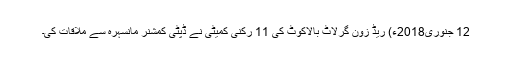
12 جنوری2018ء) ریڈ زون گرلاٹ بالاکوٹ کی 11 رکنی کمیٹی نے ڈپٹی کمشنر مانسہرہ سے ملاقات کی۔